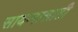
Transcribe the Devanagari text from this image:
सायन्ससाठी